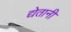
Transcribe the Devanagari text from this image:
द्येतानी